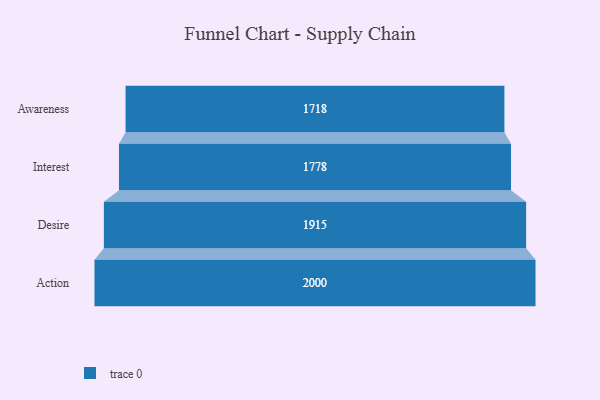
{"axis": {"x": "Stage", "y": "Value"}, "legend": [""], "data": [{"x": "Awareness", "y": 1718.0, "type": ""}, {"x": "Interest", "y": 1778.0, "type": ""}, {"x": "Desire", "y": 1915.0, "type": ""}, {"x": "Action", "y": 2000, "type": ""}]}